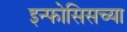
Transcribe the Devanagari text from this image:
इन्फोसिसच्या